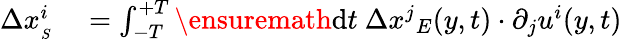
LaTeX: \begin{array}{rl}{\Delta x_{_{S}}^{i}}&{{}=\int_{-T}^{+T}\ensuremath{\operatorname{d}\! {}t\ \Delta x^{j}}_{{E}}(y,t)\cdot\partial_{j}u^{i}(y,t)}\end{array}